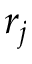
r _ { j }